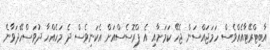
އާބިޓްރޭޓާއެއްވެސް ހަމަޖައްސަން ޖެހޭ ކަމަށާއި އެ ޕްރޮސެސްއަށް އެކަނިވެސް ދެ މަހެއްހާ ދުވަސްހޭދަވާނެ